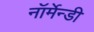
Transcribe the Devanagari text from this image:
नॉर्मेन्डी